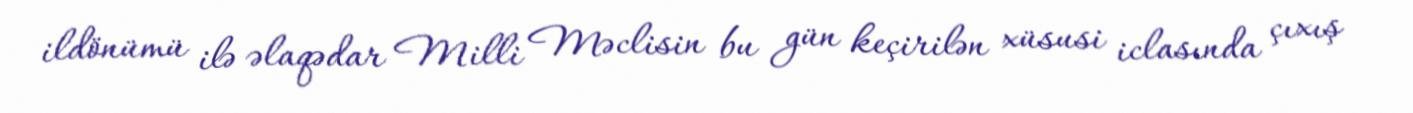
ildönümü ilə əlaqədar Milli Məclisin bu gün keçirilən xüsusi iclasında çıxış